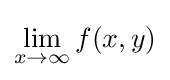
\lim _{x\to \infty }f(x,y)